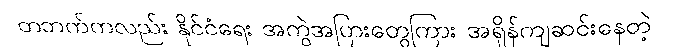
တဘက်ကလည်း နိုင်ငံရေး အကွဲအပြားတွေကြား အရှိန်ကျဆင်းနေတဲ့